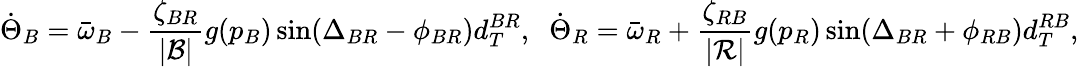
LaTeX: \dot{\Theta}_{B}=\bar{\omega}_{B}-\frac{\zeta_{BR}}{|{\cal B}|}g(p_{B})\sin(\Delta_{BR}-\phi_{BR})d_{T}^{BR},\; \; \dot{\Theta}_{R}=\bar{\omega}_{R}+\frac{\zeta_{RB}}{|{\cal R}|}g(p_{R})\sin(\Delta_{BR}+\phi_{RB})d_{T}^{RB},